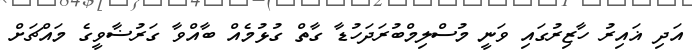
އަދި ޣައިރު ހާޒިރުގައި ވަނީ މުސްލިމްބުރަދަހުޑާ ގާތް ގުޅުމެއް ބާއްވާ ގަރުޟާވީގެ މައްޗަށް